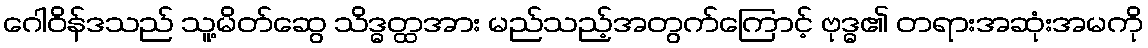
ဂေါဝိန်ဒသည် သူ့မိတ်ဆွေ သိဒ္ဓတ္ထအား မည်သည့်အတွက်ကြောင့် ဗုဒ္ဓ၏ တရားအဆုံးအမကို